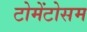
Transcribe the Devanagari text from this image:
टोमेंटोसम